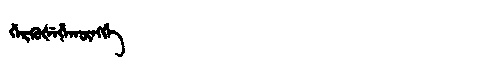
Manchu: ᡤᡝᡵᡴᡠᡧᡝᡥᠠᡴᡡᠩᡤᡝ
Romanization: GERKUŠEHAKŪNGGE